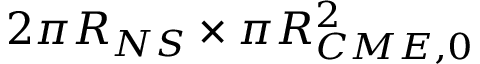
2 \pi R _ { N S } \times \pi R _ { C M E , 0 } ^ { 2 }